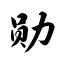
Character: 勋